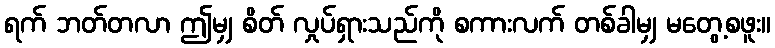
ရက် ဘတ်တလာ ဤမျှ စိတ် လှုပ်ရှားသည်ကို စကားလက် တစ်ခါမျှ မတွေ့စဖူး။